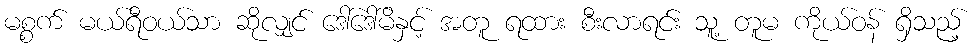
မစ္စက် မယ်ရီဝယ်သာ ဆိုလျှင် ဒေါ်ဒေါ်မိနှင့် အတူ ရထား စီးလာရင်း သူ့ တူမ ကိုယ်ဝန် ရှိသည့်